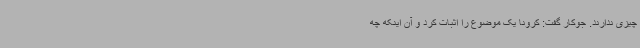
چیزی ندارند. جوکار گفت: کرونا یک موضوع را اثبات کرد و آن اینکه چه